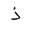
Letter: _thal